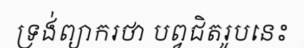
ទ្រង់ព្យាករថា បព្វជិតរូបនេះ